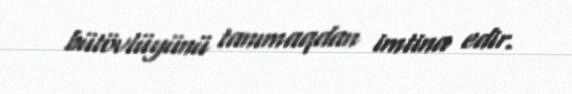
bütövlüyünü tanımaqdan imtina edir.